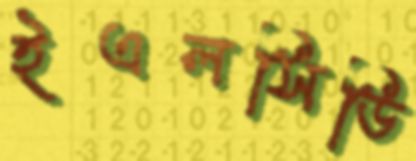
ইএলসিডি